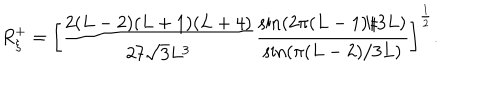
LaTeX: R _ { \xi } ^ { + } = \left[ \frac { 2 ( L - 2 ) ( L + 1 ) ( L + 4 ) } { 2 7 \sqrt { 3 } L ^ { 3 } } \frac { \sin ( 2 \pi ( L - 1 ) / 3 L ) } { \sin ( \pi ( L - 2 ) / 3 L ) } \right] ^ { \frac { 1 } { 2 } } .